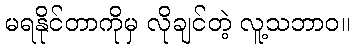
မရနိုင်တာကိုမှ လိုချင်တဲ့ လူ့သဘာဝ။